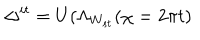
LaTeX: \Delta ^ { i t } = U ( \Lambda _ { W _ { s t } } ( \chi = 2 \pi t )